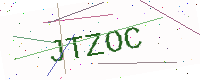
Text: JTZOC